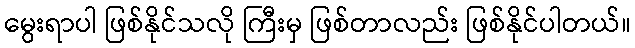
မွေးရာပါ ဖြစ်နိုင်သလို ကြီးမှ ဖြစ်တာလည်း ဖြစ်နိုင်ပါတယ်။